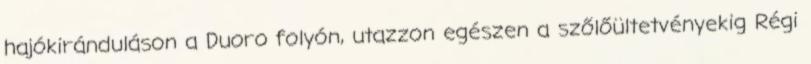
hajókiránduláson a Duoro folyón, utazzon egészen a szőlőültetvényekig Régi